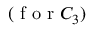
( \mathrm { ~ f ~ o ~ r ~ } C _ { 3 } )